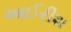
આઈરીશ